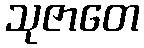
သုဇာတေ